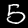
Label: 5